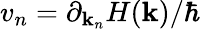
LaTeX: v_{n}=\partial_{\mathbf{k}_{n}}H(\mathbf{{\mathbf{k}}})/\hbar